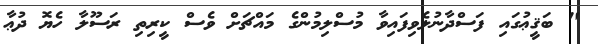
" ބަޤީޢުގައި ފަސްދާނުލެވިފައިވާ މުސްލިމުންގެ މައްޗަށް ވެސް ކީރިތި ރަސޫލާ ހެޔޮ ދުޢާ